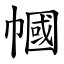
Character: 幗